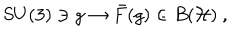
S U ( 3 ) \ni g \rightarrow { \bar { F } } ( g ) \in B ( { \cal H } ) \ ,